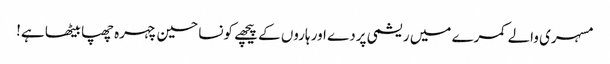
مسہری والے کمرے میں ریشمی پردے اور ہاروں کے پیچھے کونسا حسین چہرہ چھپا بیٹھا ہے!